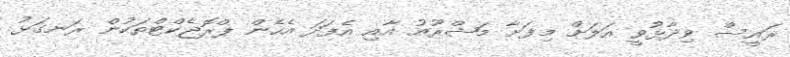
ރައީސް ވިދާޅުވީ އަލަށް މިފަށާ މަޝްރޫއު އާއި އެފަދަ އެހެން ޕްރޮޖެކްޓްތަކުން ރަނގަޅު